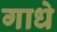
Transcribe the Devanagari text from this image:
गाधे